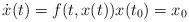
LaTeX: \begin{align*} \dot{x}(t) = f(t,x(t)) x(t_0) = x_0\end{align*}